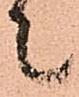
上